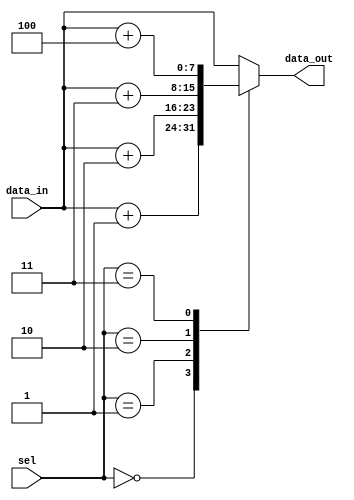
module priority_case (
    input wire [2:0] sel,
    input wire [7:0] data_in,
    output reg [7:0] data_out
);

always @(*)
begin
    case(sel)
        3'b000: data_out <= data_in + 1;
        3'b001: data_out <= data_in + 2;
        3'b010: data_out <= data_in + 3;
        3'b011: data_out <= data_in + 4;
        default: data_out <= data_in;
    endcase
end

endmodule